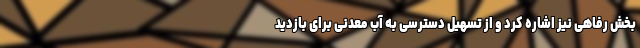
بخش رفاهی نیز اشاره کرد و از تسهیل دسترسی به آب معدنی برای بازدید